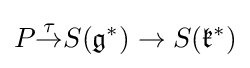
P{\overset {\tau }{\to }}S({\mathfrak {g}}^{*})\to S({\mathfrak {k}}^{*})